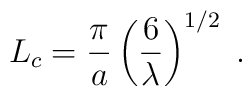
L_c=\frac{\pi}{a}\left(\frac{6}{\lambda}\right)^{1/2}\;.